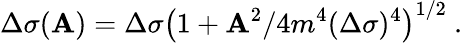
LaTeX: \Delta\sigma(\mathbf{A})=\Delta\sigma\left(1+\mathbf{A}^{2}/4m^{4}(\Delta\sigma)^{4}\right)^{1/2}\ .